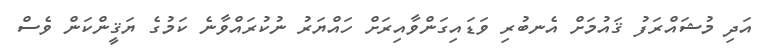
އަދި މުޝައްރަފު ޤައުމަށް އެނބުރި ވަޑައިގަންވާއިރަށް ހައްޔަރު ނުކުރައްވާނެ ކަމުގެ ޔަޤީންކަން ވެސް